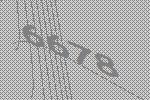
6678